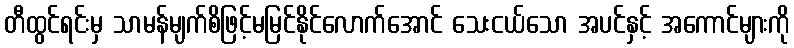
တီထွင်ရင်းမှ သာမန်မျက်စိဖြင့်မမြင်နိုင်လောက်အောင် သေးငယ်သော အပင်နှင့် အကောင်များကို